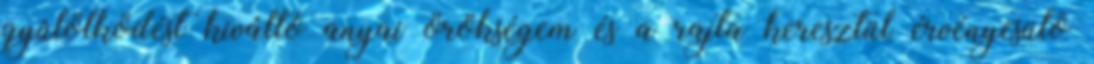
gyûlölködést kiváltó anyai örökségem és a rajta keresztül érvényesülõ